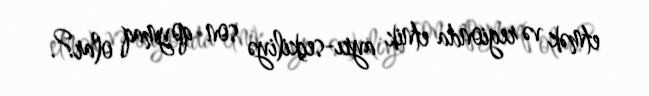
etmək və regionda etnik ayrı-seçkiliyə son qoymaq olar?.